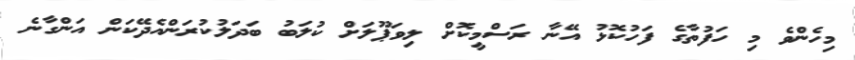
މިހެންވެ މި ހަފުތާގެ ފަހުކޮޅު އޭނާ ރަސްމީކޮށް ލިވަޕޫލަށް ކުލަބު ބަދަލުކުރަންއެދޭކަން އަންގާނެ